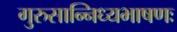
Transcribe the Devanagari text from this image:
गुरुसान्निध्यभाषणः